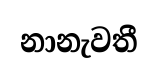
නානැවතී